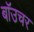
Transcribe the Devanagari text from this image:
बॉउचर